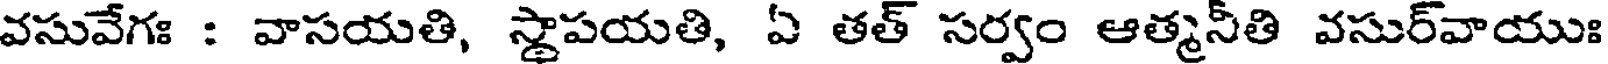
వసువేగః : వాసయతి, స్థాపయతి, ఏ తత్ సర్వం ఆత్మనీతి వసుర్వాయుః